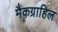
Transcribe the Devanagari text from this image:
मैकग्राहिल